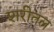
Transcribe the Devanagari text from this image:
शरीतल